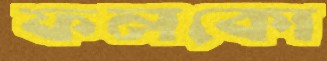
ফলকো